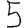
Digit: 5